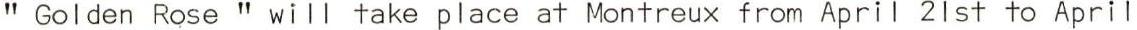
" Golden Rose " will take place at Montreux from April 21st to April